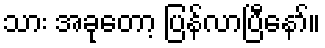
သား အခုတော့ ပြန်လာပြီနော်။